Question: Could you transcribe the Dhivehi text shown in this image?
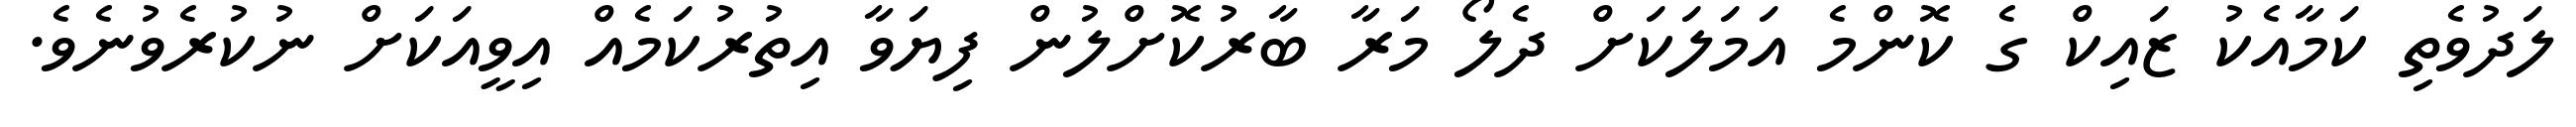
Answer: ލަދުވެތި ކަމާއެކު ޒައިކް ގެ ކޮންމެ އަމަލަކަށް ދެލޯ މަރާ ބާރުކޮށްލުން ފިޔަވާ އިތުރުކަމެއް އިވީއަކަށް ނުކުރެވުނެވެ.